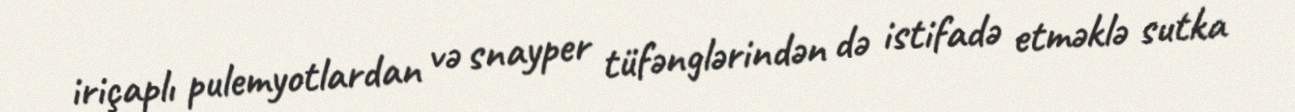
iriçaplı pulemyotlardan və snayper tüfənglərindən də istifadə etməklə sutka